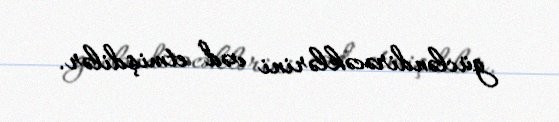
gücləndirəcəklərini vəd etmişdilər.